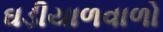
ઘડીયાળવાળો